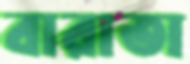
বারাতা